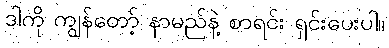
ဒါကို ကျွန်တော့် နာမည်နဲ့ စာရင်း ရှင်းပေးပါ။